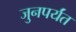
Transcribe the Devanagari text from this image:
जुनपर्यंत